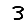
Digit: 3